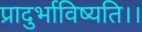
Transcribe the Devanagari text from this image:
प्रादुर्भाविष्यति।।